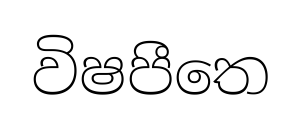
විෂපීතෙ